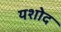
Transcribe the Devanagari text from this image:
यशोद